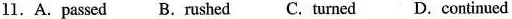
11.A.Passed B.Rushed C. Turned D.Continued